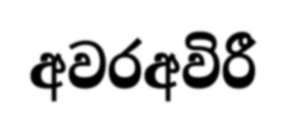
අවරඅවිරී